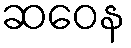
ဆဝေန